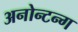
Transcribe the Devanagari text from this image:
अनोन्टन्ग